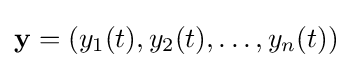
\mathbf {y} =(y_{1}(t),y_{2}(t),\dots ,y_{n}(t))